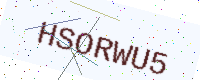
Text: HSORWU5